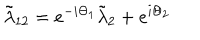
LaTeX: \tilde { \lambda } _ { 1 2 } = e ^ { - i \Theta _ { 1 } } \tilde { \lambda } _ { 2 } + e ^ { i \Theta _ { 2 } }